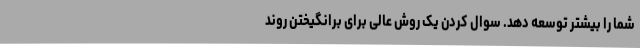
شما را بیشتر توسعه دهد. سوال کردن یک روش عالی برای برانگیختن روند